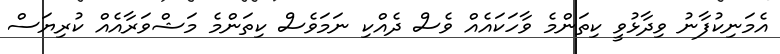
އެމަނިކުފާނު ވިދާޅުވީ ކިތަންމެ ވާހަކައެއް ވެސް ދެއްކި ނަމަވެސް ކިތަންމެ މަޝްވަރާއެއް ކުރިޔަސް